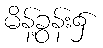
မိန့်ခွန်း၌